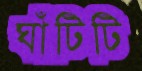
ঘাঁটিটি